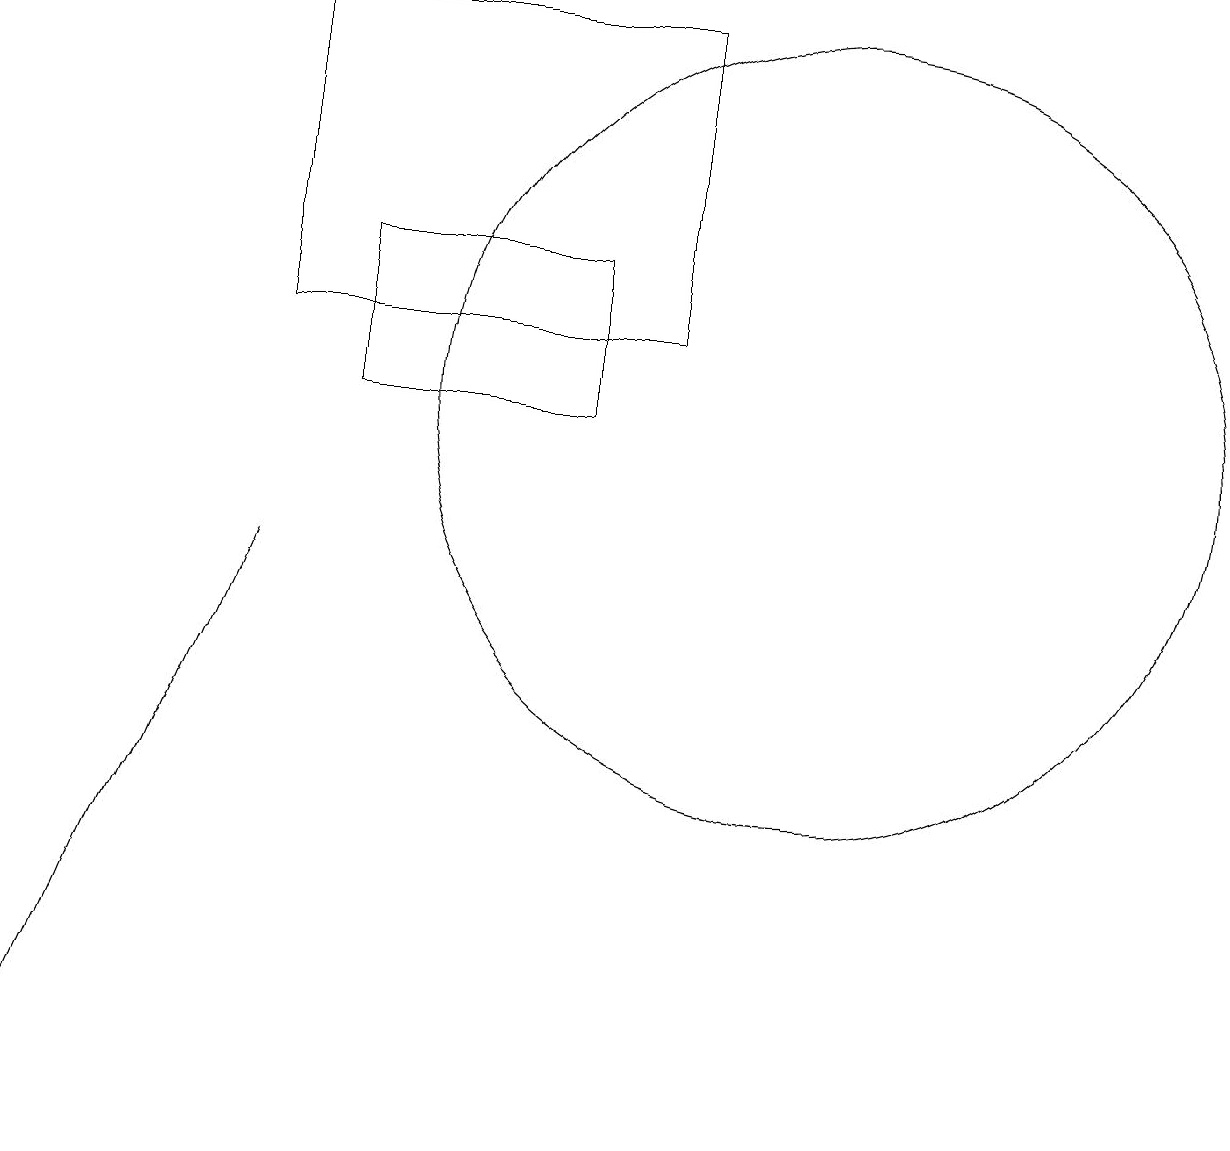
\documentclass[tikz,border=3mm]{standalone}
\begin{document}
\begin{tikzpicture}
\draw (7,11) rectangle (4,13);
\draw (10,11) circle (5);
\draw (3,9) -- (3,9) -- (0,2) -- cycle;
\draw (8,16) rectangle (3,12);
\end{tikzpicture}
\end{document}